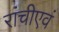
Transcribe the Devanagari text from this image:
रांचीएवं